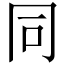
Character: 同